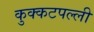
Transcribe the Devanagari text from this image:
कुक्कटपल्ली